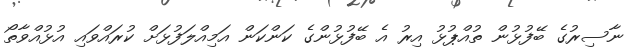
ނާސިރުގެ ބޭފުޅުން ތުއްޕުޅު އިރު އެ ބޭފުޅުންގެ ކަންކަން އަމިއްލަފުޅަށް ކުރައްވައި އުޅުއްވާތޯ